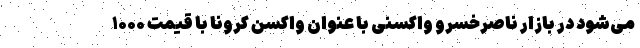
می‌شود در بازار ناصرخسرو واکسنی با عنوان واکسن کرونا با قیمت ۱۰۰۰